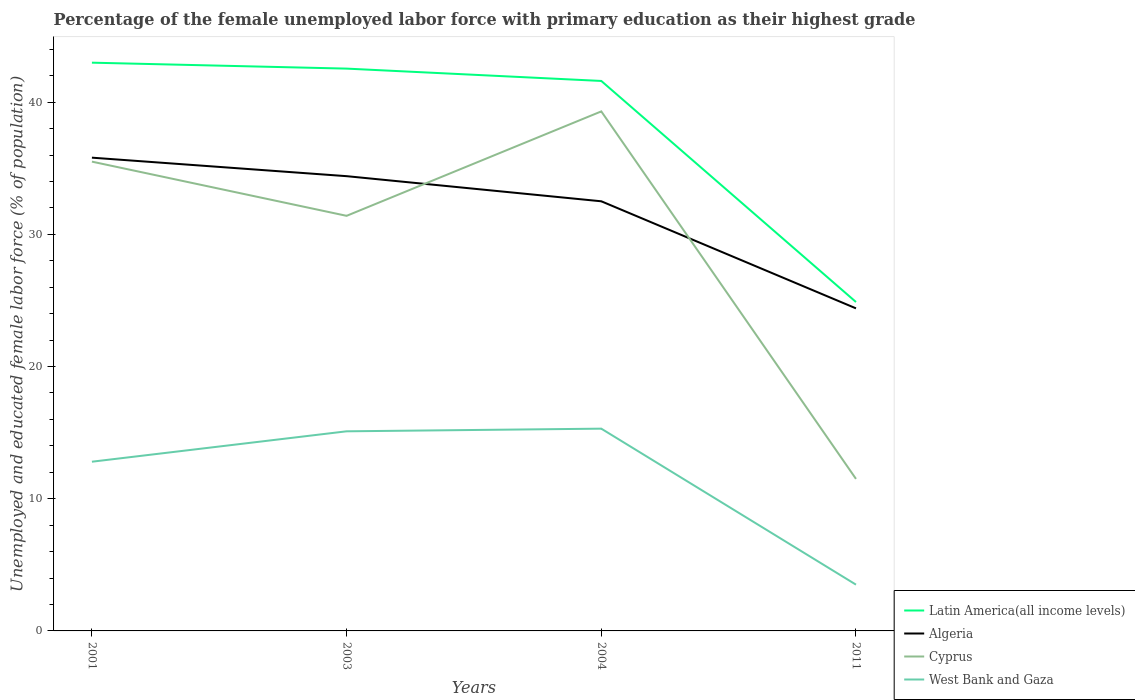
| Years | Latin America(all income levels) | Algeria | Cyprus | West Bank and Gaza |
 | --- | --- | --- | --- | --- |
 | 2001 | 43 | 35.8 | 35.5 | 12.8 |
 | 2003 | 42.5 | 34.4 | 31.4 | 15.1 |
 | 2004 | 41.6 | 32.5 | 39.3 | 15.3 |
 | 2011 | 24.9 | 24.4 | 11.5 | 3.5 |